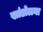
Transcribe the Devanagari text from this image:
खांडोळ्या